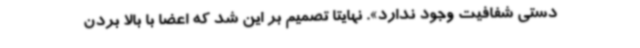
دستی شفافیت وجود ندارد». نهایتا تصمیم بر این شد که اعضا با بالا بردن